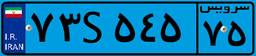
۷۳S۵۴۵۷۵